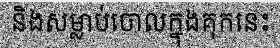
និងសម្លាប់ចោលក្នុងគុកនេះ